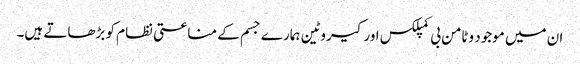
ان میں موجود وٹامن بی کمپلکس اورکیروٹین ہمارے جسم کے مناعتی نظام کو بڑھاتے ہیں۔